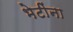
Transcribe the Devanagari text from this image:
भेटींना